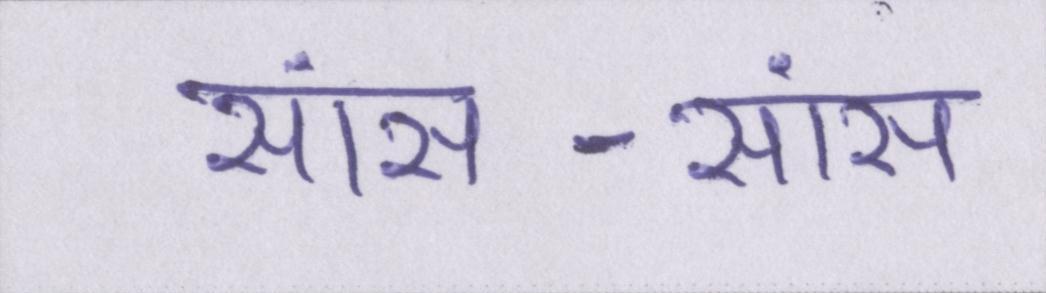
सांस-सांस